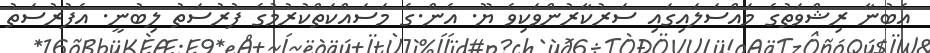
އެބުނާ ރިޝްވަތުގެ މައްސަލައިގައި ސަރުކާރުންވަކިވެ ޔޫ. އެން.ގެ މަސައްކަތްކުރުމުގެ ފުރުސަތު ލިބުނީ. އެފުރުސަތު